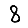
Digit: 8